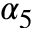
\alpha _ { 5 }